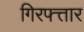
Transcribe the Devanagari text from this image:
गिरफ्त्तार